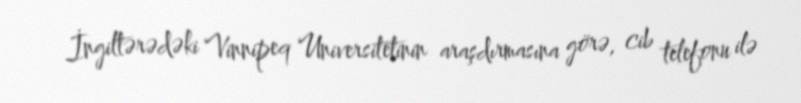
İngiltərədəki Vinnipeq Universitetinin araşdırmasına görə, cib telefonu ilə